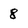
Character: 8